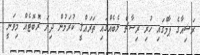
ރަޝިއާގެ ޕާމްގައި ހުރި ރިސާޗް ލެބެއްގައި ތަރައްޤީ ކުރަމުން ދިޔަ ރޮބޮޓެއް މިވަނީ